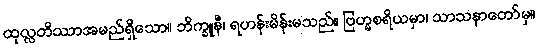
ထုလ္လတိဿာအမည်ရှိသော။ ဘိက္ခူနီ၊ ရဟန်းမိန်းမသည်။ ဗြဟ္မစရိယမှာ၊ သာသနာတော်မှ။